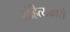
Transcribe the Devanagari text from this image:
संहित्यकारों